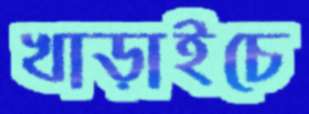
খাড়াইচে